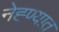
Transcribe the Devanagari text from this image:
नेह्ण्यात